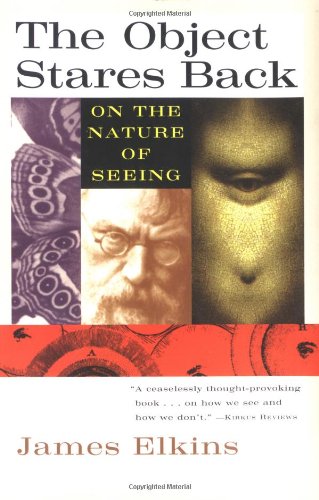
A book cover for The Object Stares Back: On the Nature of Seeing; James Elkins; Medical Books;